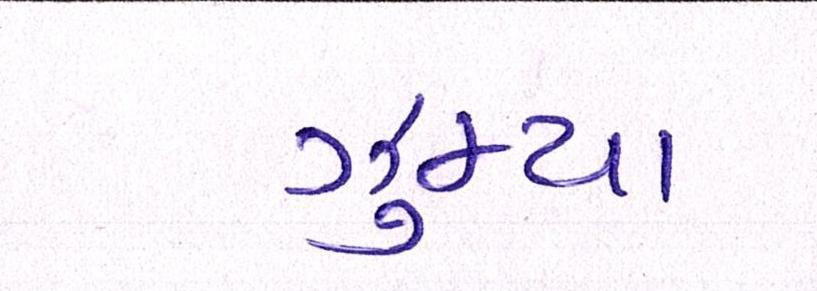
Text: ઝુમ્યા